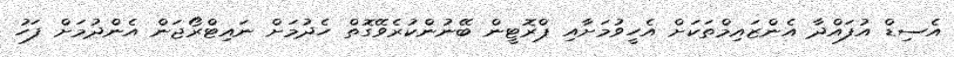
އެސިޑް އުފައްދާ އެންޒައިމްތަކަށް އެހީވުމަށާއި ޕްރޮޓީން ބޭނުންކުރެވޭގޮތް ހެދުމަށް ނައިޓްރޯޖަން އެންދުމަށް ފަހު